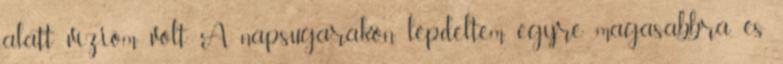
alatt vízióm volt. A napsugarakon lépdeltem egyre magasabbra, és